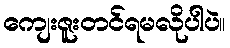
ကျေးဇူးတင်ရမလိုပါပဲ။